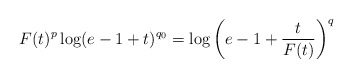
\begin{align*} F(t)^p\log(e-1+t)^{q_0}=\log\bigg(e-1+\frac{t}{F(t)}\bigg)^q\end{align*}